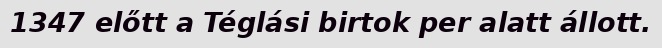
1347 előtt a Téglási birtok per alatt állott.